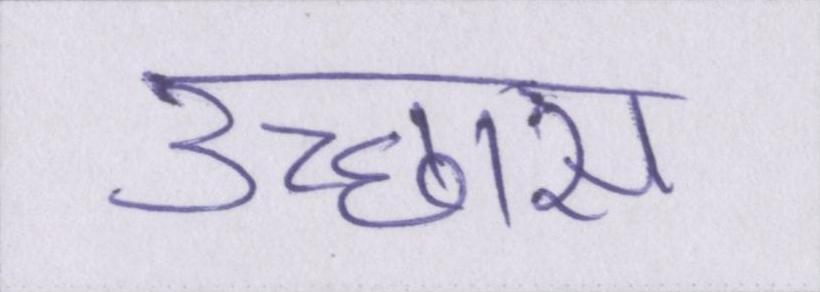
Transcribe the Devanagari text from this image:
उच्छ्वास